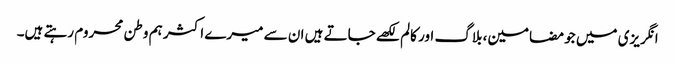
انگریزی میں جو مضامین، بلاگ اور کالم لکھے جاتے ہیں ان سے میرے اکثر ہم وطن محروم رہتے ہیں۔